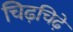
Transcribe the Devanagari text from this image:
चिढ़चिढ़े